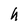
Character: h